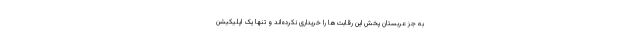
به جز عربستان پخش این رقابت‌ها را خریداری نکرده‌اند و تنها یک اپلیکیشن